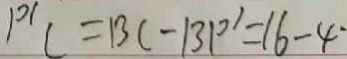
P ^ { \prime } C = B C - 1 3 P ^ { \prime } = 1 6 - 4